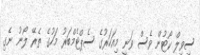
ސިވިލް ކޯޓުން ވެސް ވަނީ މިއަހަރުގެ ސެޕްޓެމްބަރު މަހުގެ ތެރޭ ލޯނު ނެގި